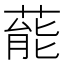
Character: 𮐝